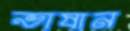
ভাষান